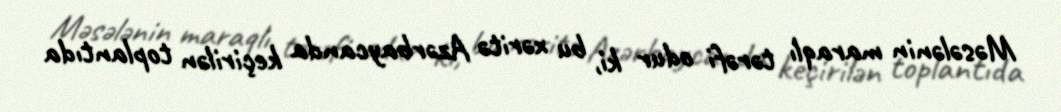
Məsələnin maraqlı tərəfi odur ki, bu xəritə Azərbaycanda keçirilən toplantıda